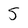
Character: 5